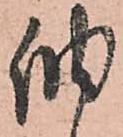
納